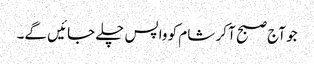
جو آج صبح آ کر شام کو واپس چلے جائیں گے۔